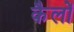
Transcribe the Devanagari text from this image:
कैलों